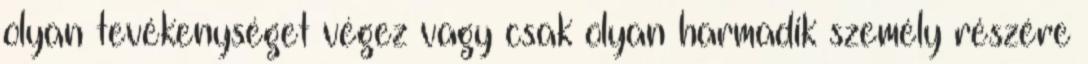
olyan tevékenységet végez vagy csak olyan harmadik személy részére